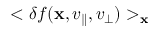
< \delta f ( { \bf x } , v _ { \parallel } , v _ { \perp } ) > _ { \bf x }